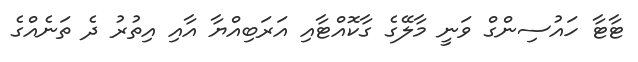
ޓާޓާ ހައުސިންގް ވަނީ މާލޭގެ ގާކޮއްޓާއި އަރަބިއްޔާ އާއި އިތުރު ދެ ތަނެއްގެ